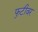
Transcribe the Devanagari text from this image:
फुटीवर